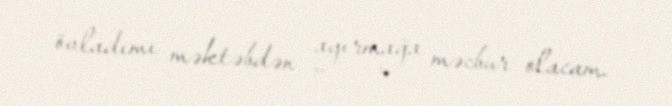
övladımı məktəbdən ayırmağa məcbur olacam.